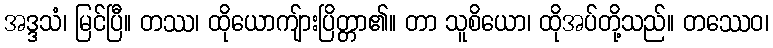
အဒ္ဒသံ၊ မြင်ပြီ။ တဿ၊ ထိုယောကျ်ားပြိတ္တာ၏။ တာ သူစိယော၊ ထိုအပ်တို့သည်။ တဿေဝ၊